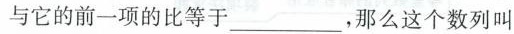
与它的前一项的比等于____，那么这个数列叫